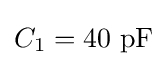
C_{1}=40\ \mathrm {pF}